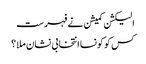
الیکشن کمیشن نے فہرست
کس کو کونسا انتخابی نشان ملا ؟